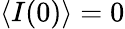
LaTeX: \langle I(0)\rangle=0